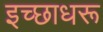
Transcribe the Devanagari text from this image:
इच्छाधरू